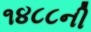
૧૪૮૮ની